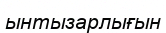
ынтызарлығын